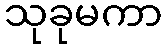
သုခုမကာ